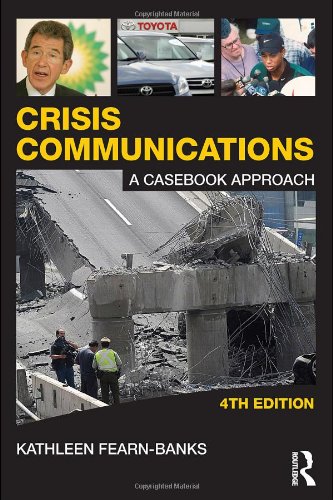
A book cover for Crisis Communications: A Casebook Approach (Routledge Communication Series); Kathleen Fearn-Banks; Business & Money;